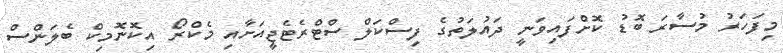
މިފަހަރު މުސާރަ ބޮޑު ކޮށްފައިވަނީ ދައުލަތުގެ ފިސްކަލް ސްޓްރެޓެޖީއަށާއި މެކްރޯ އިކޮނޮމިކް ބެލަންސް